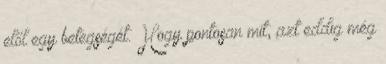
elől egy betegségét. Hogy pontosan mit, azt eddig még